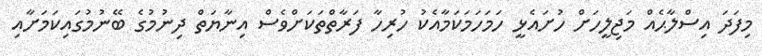
މިފަދަ އިސްލާޙެއް މަޖިލީހަށް ހުށައެޅީ ހަމަހަމަކަމާއެކު ހުރިހާ ފަރާތްތަކަށްވެސް އިނާޔަތް ދިނުމުގެ ބޭނުމުގައިކަމަށާއި